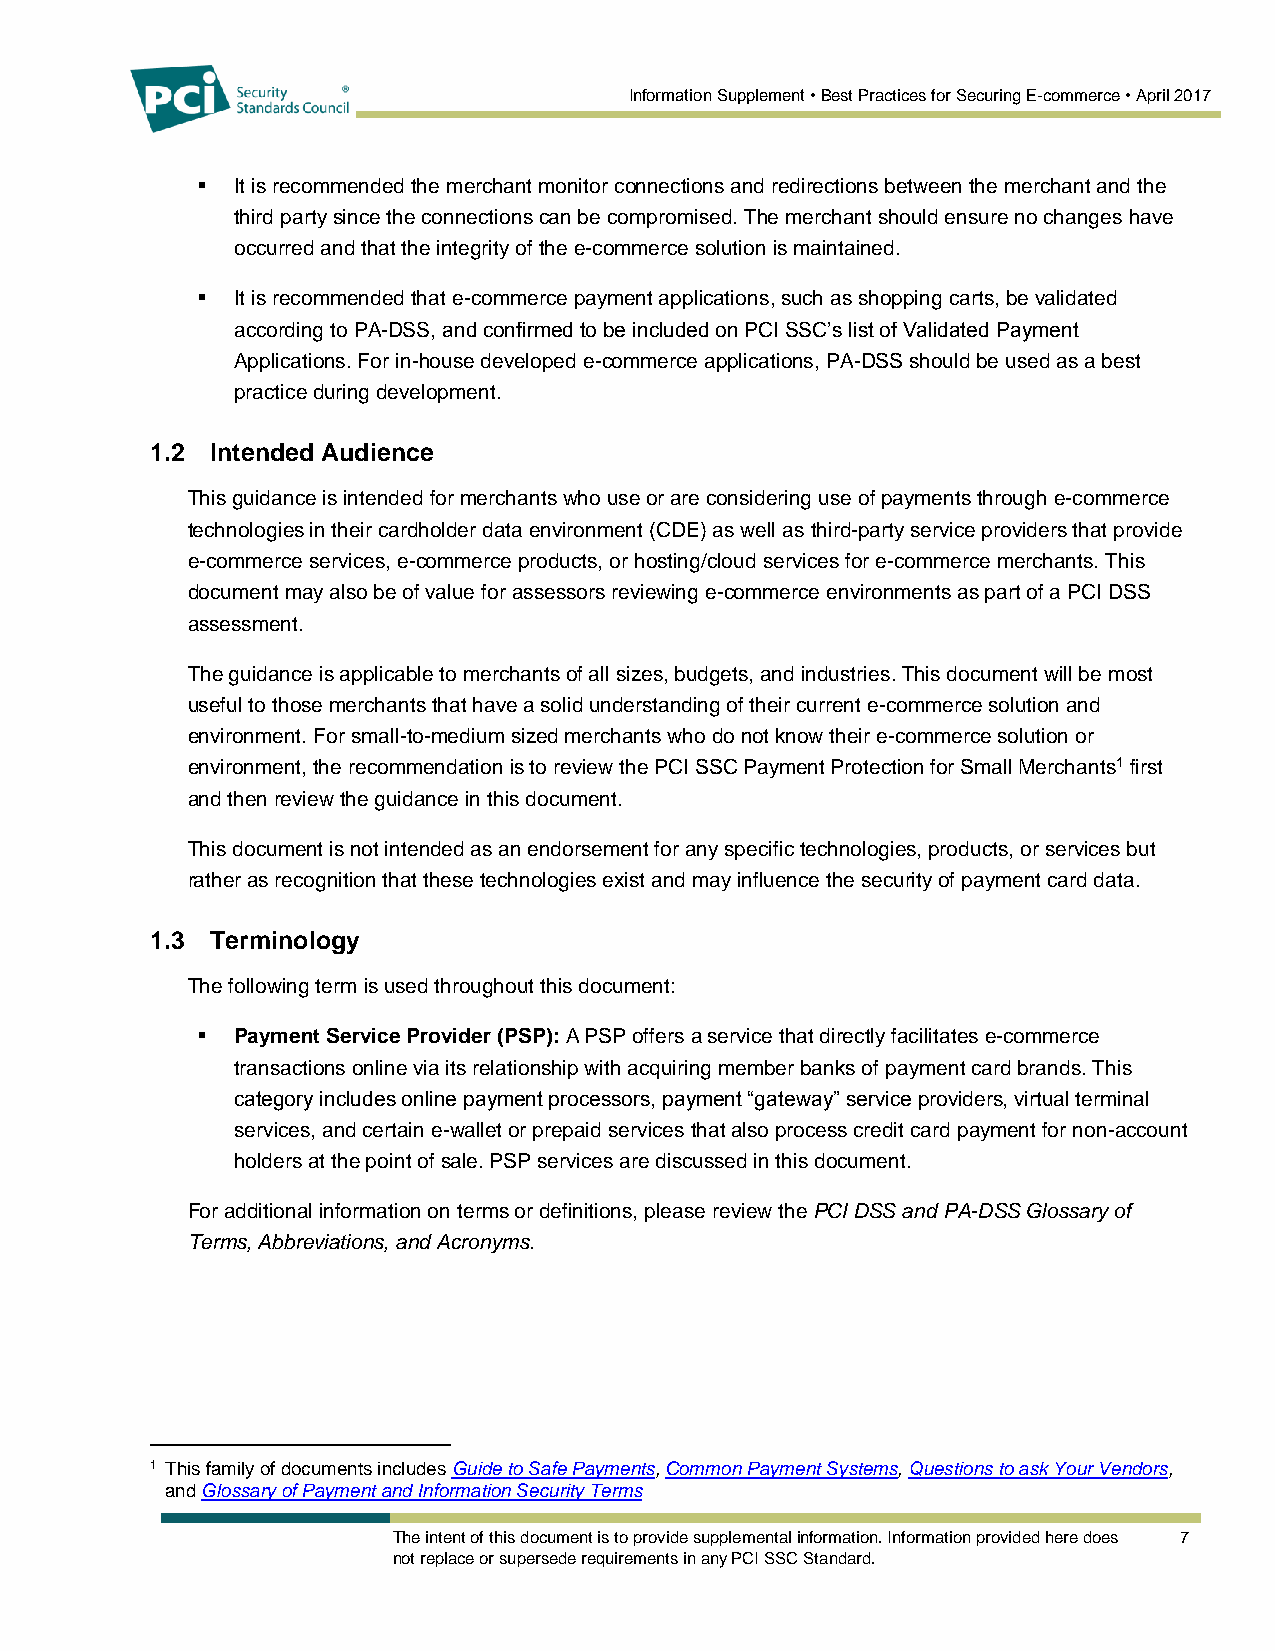
Information Supplement • Best Practices for Securing E-commerce • April 2017
   It is recommended the merchant monitor connections and redirections between the merchant and the
 third party since the connections can be compromised. The merchant should ensure no changes have
 occurred and that the integrity of the e-commerce solution is maintained.
   It is recommended that e-commerce payment applications, such as shopping carts, be validated
 according to PA-DSS, and confirmed to be included on PCI SSC’s list of Validated Payment
 Applications. For in-house developed e-commerce applications, PA-DSS should be used as a best
 practice during development.
 1.2 Intended Audience
 This guidance is intended for merchants who use or are considering use of payments through e-commerce
 technologies in their cardholder data environment (CDE) as well as third-party service providers that provide
 e-commerce services, e-commerce products, or hosting/cloud services for e-commerce merchants. This
 document may also be of value for assessors reviewing e-commerce environments as part of a PCI DSS
 assessment.
 The guidance is applicable to merchants of all sizes, budgets, and industries. This document will be most
 useful to those merchants that have a solid understanding of their current e-commerce solution and
 environment. For small-to-medium sized merchants who do not know their e-commerce solution or
 environment, the recommendation is to review the PCI SSC Payment Protection for Small Merchants1 first
 and then review the guidance in this document.
 This document is not intended as an endorsement for any specific technologies, products, or services but
 rather as recognition that these technologies exist and may influence the security of payment card data.
 1.3 Terminology
 The following term is used throughout this document:
   Payment Service Provider (PSP): A PSP offers a service that directly facilitates e-commerce
 transactions online via its relationship with acquiring member banks of payment card brands. This
 category includes online payment processors, payment “gateway” service providers, virtual terminal
 services, and certain e-wallet or prepaid services that also process credit card payment for non-account
 holders at the point of sale. PSP services are discussed in this document.
 For additional information on terms or definitions, please review the PCI DSS and PA-DSS Glossary of
 Terms, Abbreviations, and Acronyms.
 1 This family of documents includes Guide to Safe Payments, Common Payment Systems, Questions to ask Your Vendors,
 and Glossary of Payment and Information Security Terms
 The intent of this document is to provide supplemental information. Information provided here does 7
 not replace or supersede requirements in any PCI SSC Standard.